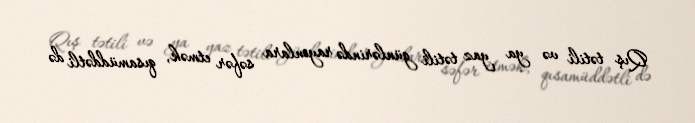
Qış tətili və ya yaz tətili günlərində rayonlara səfər etmək, qısamüddətli də